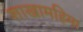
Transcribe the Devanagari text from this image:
शाखामहिमा